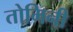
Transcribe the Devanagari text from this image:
तोमिनी